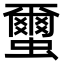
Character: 蠒